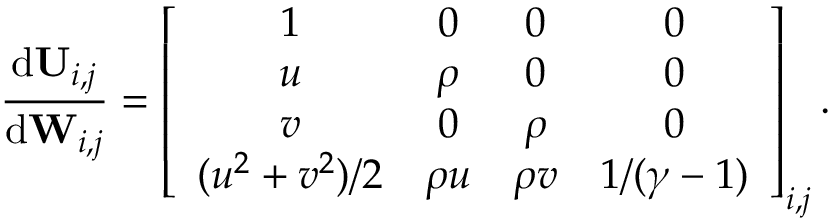
\frac { \mathrm { d } \mathbf { U } _ { i , j } } { \mathrm { d } \mathbf { W } _ { i , j } } = \left[ \begin{array} { c c c c } { 1 } & { 0 } & { 0 } & { 0 } \\ { u } & { \rho } & { 0 } & { 0 } \\ { v } & { 0 } & { \rho } & { 0 } \\ { ( u ^ { 2 } + v ^ { 2 } ) / 2 } & { \rho u } & { \rho v } & { 1 / ( \gamma - 1 ) } \end{array} \right] _ { i , j } .